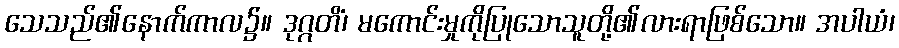
သေသည်၏နောက်ကာလ၌။ ဒုဂ္ဂတိံ၊ မကောင်းမှုကိုပြုသောသူတို့၏လားရာဖြစ်သော။ အပါယံ၊